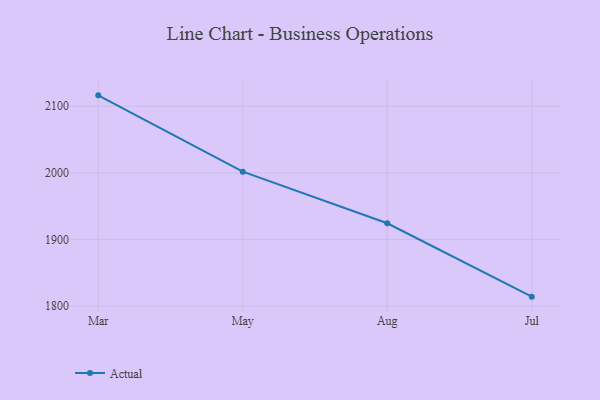
{"axis": {"x": "Month", "y": "Temperature (°C)"}, "legend": ["Actual"], "data": [{"x": "Mar", "y": 2116.3, "type": "Actual"}, {"x": "May", "y": 2001.7, "type": "Actual"}, {"x": "Aug", "y": 1924.3, "type": "Actual"}, {"x": "Jul", "y": 1814.1, "type": "Actual"}]}